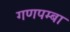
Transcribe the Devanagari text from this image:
गणपम्बा